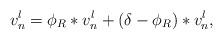
LaTeX: \begin{align*}v^l_n = \phi_R * v^l_n + (\delta - \phi_R) * v^l_n,\end{align*}